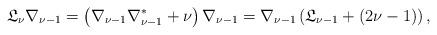
LaTeX: \begin{align*}\mathfrak{L}_\nu \nabla_{\nu-1} = \left(\nabla_{\nu-1} \nabla_{\nu-1}^{*} + \nu \right) \nabla_{\nu-1} = \nabla_{\nu-1} \left( \mathfrak{L}_{\nu -1} +(2\nu-1) \right), \end{align*}